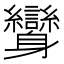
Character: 𨊟